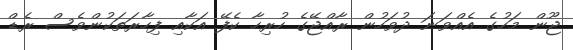
ޖޫން މަހުގެ އެއްވަނަ ދުވަހުން ރާއްޖޭގެ ހުރިހާ ކެފޭ އަކާއި ފިހާރަތަކުންވެސް ރެޑް